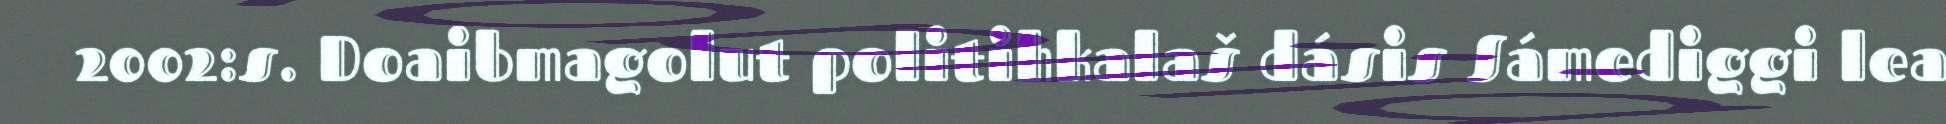
2002:s. Doaibmagolut politihkalaš dásis Sámediggi lea